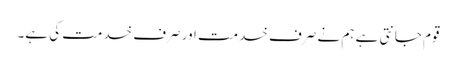
قوم جانتی ہے ہم نے صرف خدمت اور صرف خدمت کی ہے۔